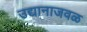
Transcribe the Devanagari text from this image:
उद्यानाजवळ